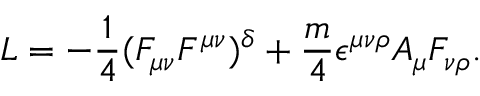
L = - \frac { 1 } { 4 } ( F _ { \mu \nu } F ^ { \mu \nu } ) ^ { \delta } + \frac { m } { 4 } \epsilon ^ { \mu \nu \rho } A _ { \mu } F _ { \nu \rho } .